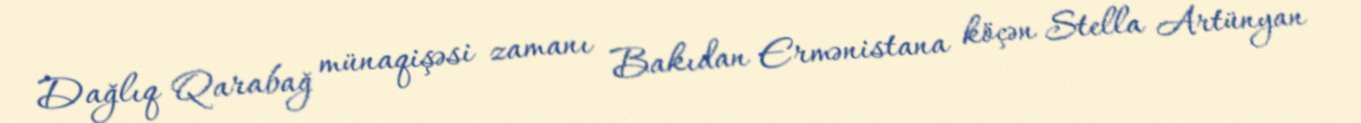
Dağlıq Qarabağ münaqişəsi zamanı Bakıdan Ermənistana köçən Stella Artünyan